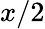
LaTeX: x/2